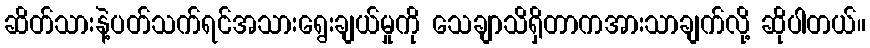
ဆိတ်သားနဲ့ပတ်သက်ရင်အသားရွေးချယ်မှုကို သေချာသိရှိတာကအားသာချက်လို့ ဆိုပါတယ်။